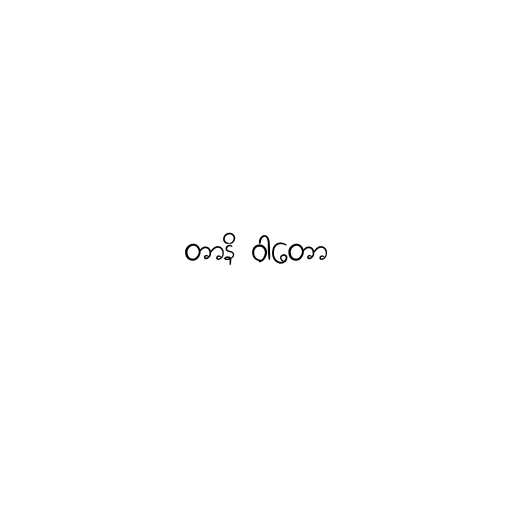
တာနိ ဝါတော